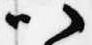
以